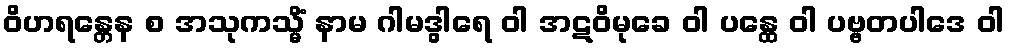
ဝိဟရန္တေန စ အသုကသ္မိံ နာမ ဂါမဒွါရေ ဝါ အဋဝိမုခေ ဝါ ပန္ထေ ဝါ ပဗ္ဗတပါဒေ ဝါ